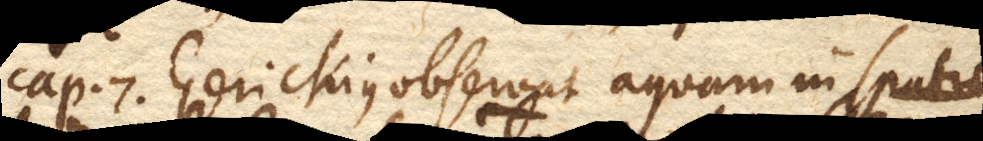
Cap. 7. Gerickius observat aquam in spatium